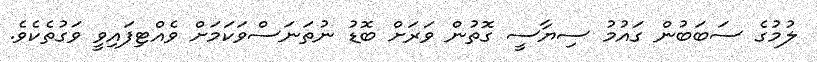
ލުމުގެ ސަބަބުން ގައުމު ސިޔާސީ ގޮތުން ވަރަށް ބޮޑު ނުތަނަސްވަކަމަށް ވެއްޓިފައިވީ ވަގުތެކެވެ.